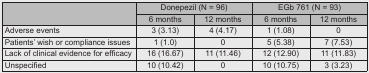
<table><thead><tr><td rowspan="2"></td><td colspan="2"><b>Donepezil (N = 96)</b></td><td colspan="2"><b>EGb 761 (N = 93)</b></td></tr><tr><td><b>6 months</b></td><td><b>12 months</b></td><td><b>6 months</b></td><td><b>12 months</b></td></tr></thead><tbody><tr><td>Adverse events</td><td>3 (3.13)</td><td>4 (4.17)</td><td>1 (1.08)</td><td>0</td></tr><tr><td>Patients’ wish or compliance issues</td><td>1 (1.0)</td><td>0</td><td>5 (5.38)</td><td>7 (7.53)</td></tr><tr><td>Lack of clinical evidence for efficacy</td><td>16 (16.67)</td><td>11 (11.46)</td><td>12 (12.90)</td><td>11 (11.83)</td></tr><tr><td>Unspecified</td><td>10 (10.42)</td><td>0</td><td>10 (10.75)</td><td>3 (3.23)</td></tr></tbody></table>